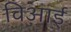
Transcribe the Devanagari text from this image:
विआई